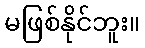
မဖြစ်နိုင်ဘူး။